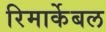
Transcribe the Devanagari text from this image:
रिमार्केबल